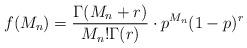
LaTeX: \begin{align*}f(M_n)=\frac{\Gamma(M_n+r)}{M_n!\Gamma(r)}\cdot p^{M_n}(1-p)^{r}\end{align*}